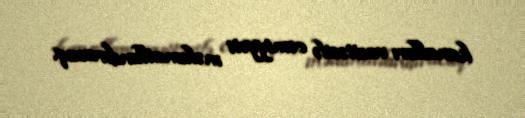
kanalları vasitəsilə cəmiyyəti məlumatlandıracaq.